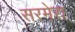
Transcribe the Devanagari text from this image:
सरमेरा